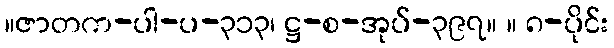
။ဇာတက-ပါ-ပ-၃၁၃၊ ဋ္ဌ-စ-အုပ်-၃၉၇။ ။ ၈-ပိုင်း